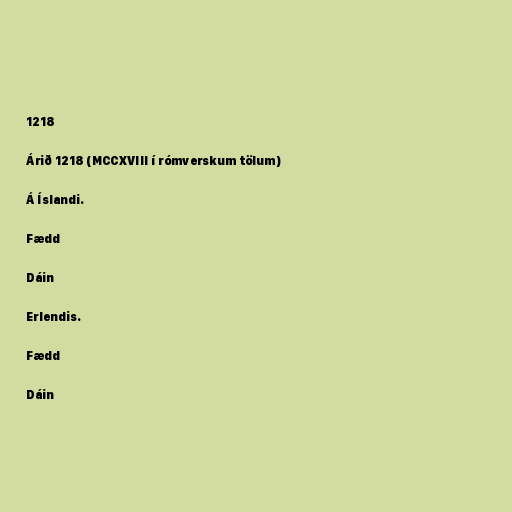
1218

Árið 1218 (MCCXVIII í rómverskum tölum)

Á Íslandi.

Fædd

Dáin

Erlendis.

Fædd

Dáin